Tezpur Lunatic Asylum reports 1877-1894 - 1877-1894
Year: 1877
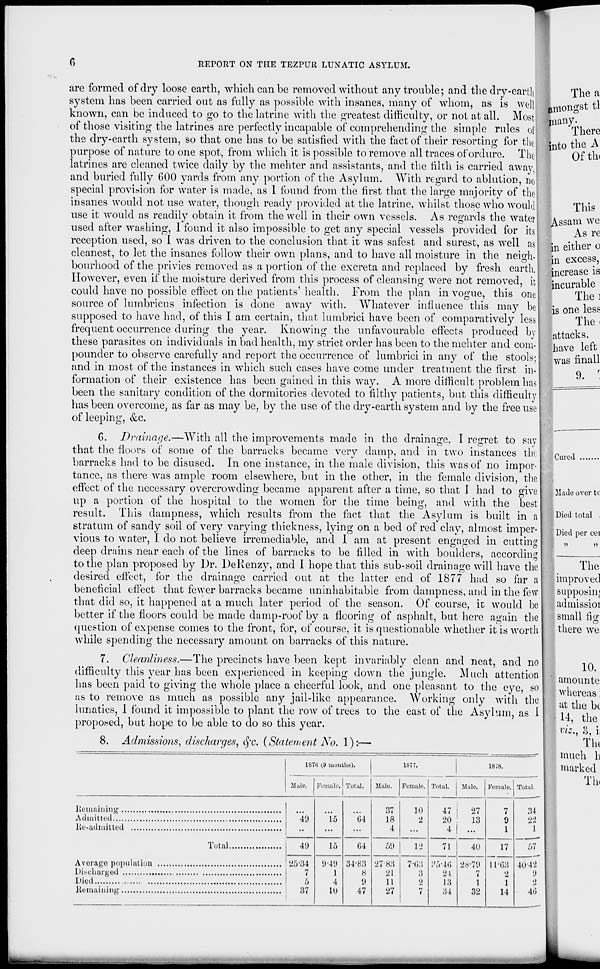
RErORT ON THE TEZPUtt LUNATIC ASYLUM.
There
into the A
Of tin
are formed of dry loose earth, which can be removed without any trouble; and the dry-ear tli
The a
system has been carried out as fully as possible with insanes, many of whom, as is well
mon°"st tl
known, can be induced to go to the latrine with the greatest difficulty, or not at all. Most many 5
of those visiting the latrines are perfectly incapable of comprehending the simple rules off
the dry-earth system, so that one has to be satisfied with the fact of their resorting for the!
purpose of nature to one spot, from which it is possible to remove all traces of ordure. The!
latrines are cleaned twice daily by the mehter and assistants, and the filth is carried away,
and buried fully 600 yards from any portion of the Asylum. With regard to ablution, no;
special provision for water is made, as 1 found from the first that the large majority of the:
insanes would not use water, though ready provided at the latrine, whilst those who would
use it would as readily obtain it from the well in their own vessels. As regards the water;
used after washing, I found it also impossible to get any special vessels provided for its!
reception used, so I was driven to the conclusion that it was safest and surest, as well as
cleanest, to let the insanes follow their own plans, and to have all moisture in the neigh-
bourhood of the privies removed as a portion of the excreta and replaced by fresh earth.
However, even if the moisture derived from this process of cleansing were not removed, it
could have no possible effect on the patients' health. From the plan in vogue, this one
source of lumbricus infection is done away with. Whatever influence this may be
supposed to have had, of this I am certain, that lumbrici have been of comparatively less
frequent occurrence during the year. Knowing the unfavourable effects produced by
these parasites on individuals in bad health, my strict order has been to the mehter and com-
pounder to observe carefully and report the occurrence of lumbrici in any of the stools;
and in most of the instances in which such cases have come under treatment the first in-
formation of their existence has been gained in this way. A more difficult problem has
been the sanitary condition of the dormitories devoted to filthy patients, but this difficulty
has been overcome, as far as may be, by the use of the dry-earth system and by the free use
of leepino-, &c.
This
Assam we
As re
jin either o
3n excess,
increase is
incurable
The ]
is one less
The .
attacks,
have left
was finall
9. ' .
'ai
6. Drainage.—With all the improvements made in the drainage, I regret to say
that the floors of some of the barracks became very damp, and in two instances tin
barracks had to be disused. In one instance, in the male division, this was of no impor-
tance, as there was ample room elsewhere, but in the other, in the female division, the
effect of the necessary overcrowding became apparent after a time, so that I had to give
up a portion of the hospital to the women for the time being, and with the best
result. This dampness, which results from the fact that the Asylum is built in a
stratum of sandy soil of very varying thickness, lying on a bed of red clay, almost imper-
vious to water, I do not believe irremediable, and I am at present engaged in cutting
deep drains near each of the lines of barracks to be filled in with boulders, according
to the plan proposed by Dr. DeKenzy, and I hope that this sub-soil drainage will have the
desired effect, for the drainage carried out at the latter end of 1877 had so far a
beneficial effect that fewer barracks became uninhabitable from dampness, and in the few
that did so, it happened at a much later period of the season. Of course, ic would be
better if the floors could be made damp-roof by a flooring of asphalt, but here again the
question of expense comes to the front, for, of course, it is questionable whether it is worth
while spending the necessary amount on barracks of this nature.
7. Cleanliness.—The precincts have been kept invariably clean and neat, and no
difficulty this year has been experienced in keeping down the jungle. Much attention
has been paid to giving the whole place a cheerful look, and one pleasant to the eye, so
as to remove as much as possible any jail-like appearance. Working only with the
lunatics, I found it impossible to plant the row of trees to the east of the Asylum, as I
proposed, but hope to be able to do so this year.
8. Admissions, discharges, fyc. {Statement No. 1):—
1S70 (9 months).
1877.
1878.
Mute. Female, Total. Male. Female, Totul. Mule. Female. Total.
*49
"l*5
"til
37
18
4
10
2
47
20
27
13
...
7
0
1
34
22
1
Total
49
15
G4
59
12
71
40
17
57
25-34
7
5
37
I)-4H
1
4
10
34-83
H
1)
47
27 83
21
11
27
7-63
3
7
;'.vn;
21
13
34
2S-7'.l
7
1
32
11-63
1
14
4042
Died
1)
•>
4tJ
Cured
Made over tc
Died total ,
Died per cei
))
))
The"
improved
supposing
adniissioi
small fig
there we
10.
amounte
whereas
at the be
U, the
viz,, 8, i;
Tin
much h
marked
Th.